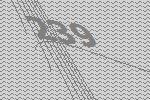
239